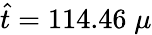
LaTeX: \hat{t}=114.46\; \mu